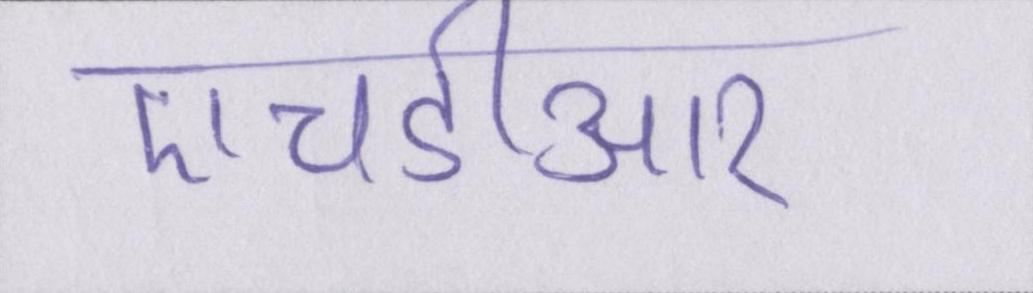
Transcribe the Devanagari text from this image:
एचडीआर